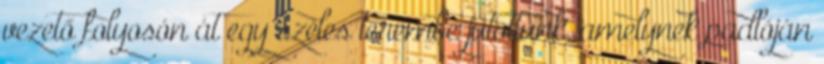
vezető folyosón át egy széles terembe jutottunk, amelynek padlóján